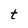
Character: t